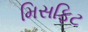
મિસફિટ